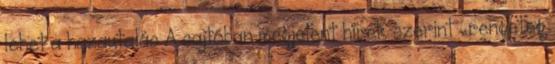
lehet a hazautalás A sajtóban megjelent hírek szerint „rengeteg